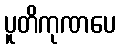
ပူတိကုဏပေ